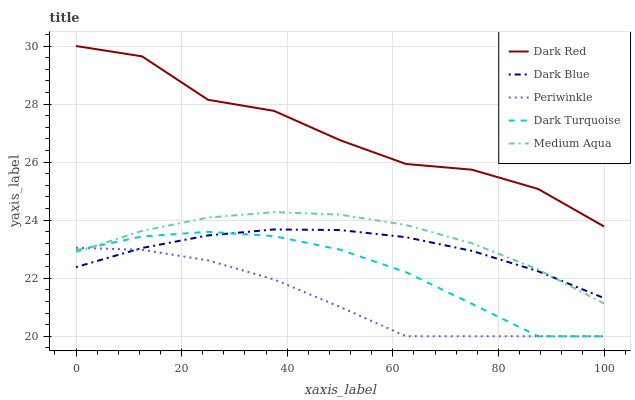
| xaxis_label | Dark Red | Dark Blue | Periwinkle | Dark Turquoise | Medium Aqua |
 | --- | --- | --- | --- | --- | --- |
 | 0 | 30 | 22.4 | 23 | 23 | 22.9 |
 | 12.5 | 29.6 | 23 | 23 | 23.4 | 23.6 |
 | 25 | 28.1 | 23.5 | 22.6 | 23.6 | 24.1 |
 | 37.5 | 27.8 | 23.7 | 22 | 23.4 | 24.3 |
 | 50 | 26.8 | 23.7 | 21 | 23 | 24.2 |
 | 62.5 | 25.9 | 23.4 | 20 | 22.2 | 23.8 |
 | 75 | 25.7 | 22.9 | 20 | 21.1 | 23.2 |
 | 87.5 | 25.1 | 22.2 | 20 | 20 | 22.3 |
 | 100 | 23.8 | 21.3 | 20 | 20 | 21.1 |